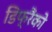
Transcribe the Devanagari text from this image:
डिफ्रैंको